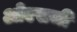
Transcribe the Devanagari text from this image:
ओएसजी